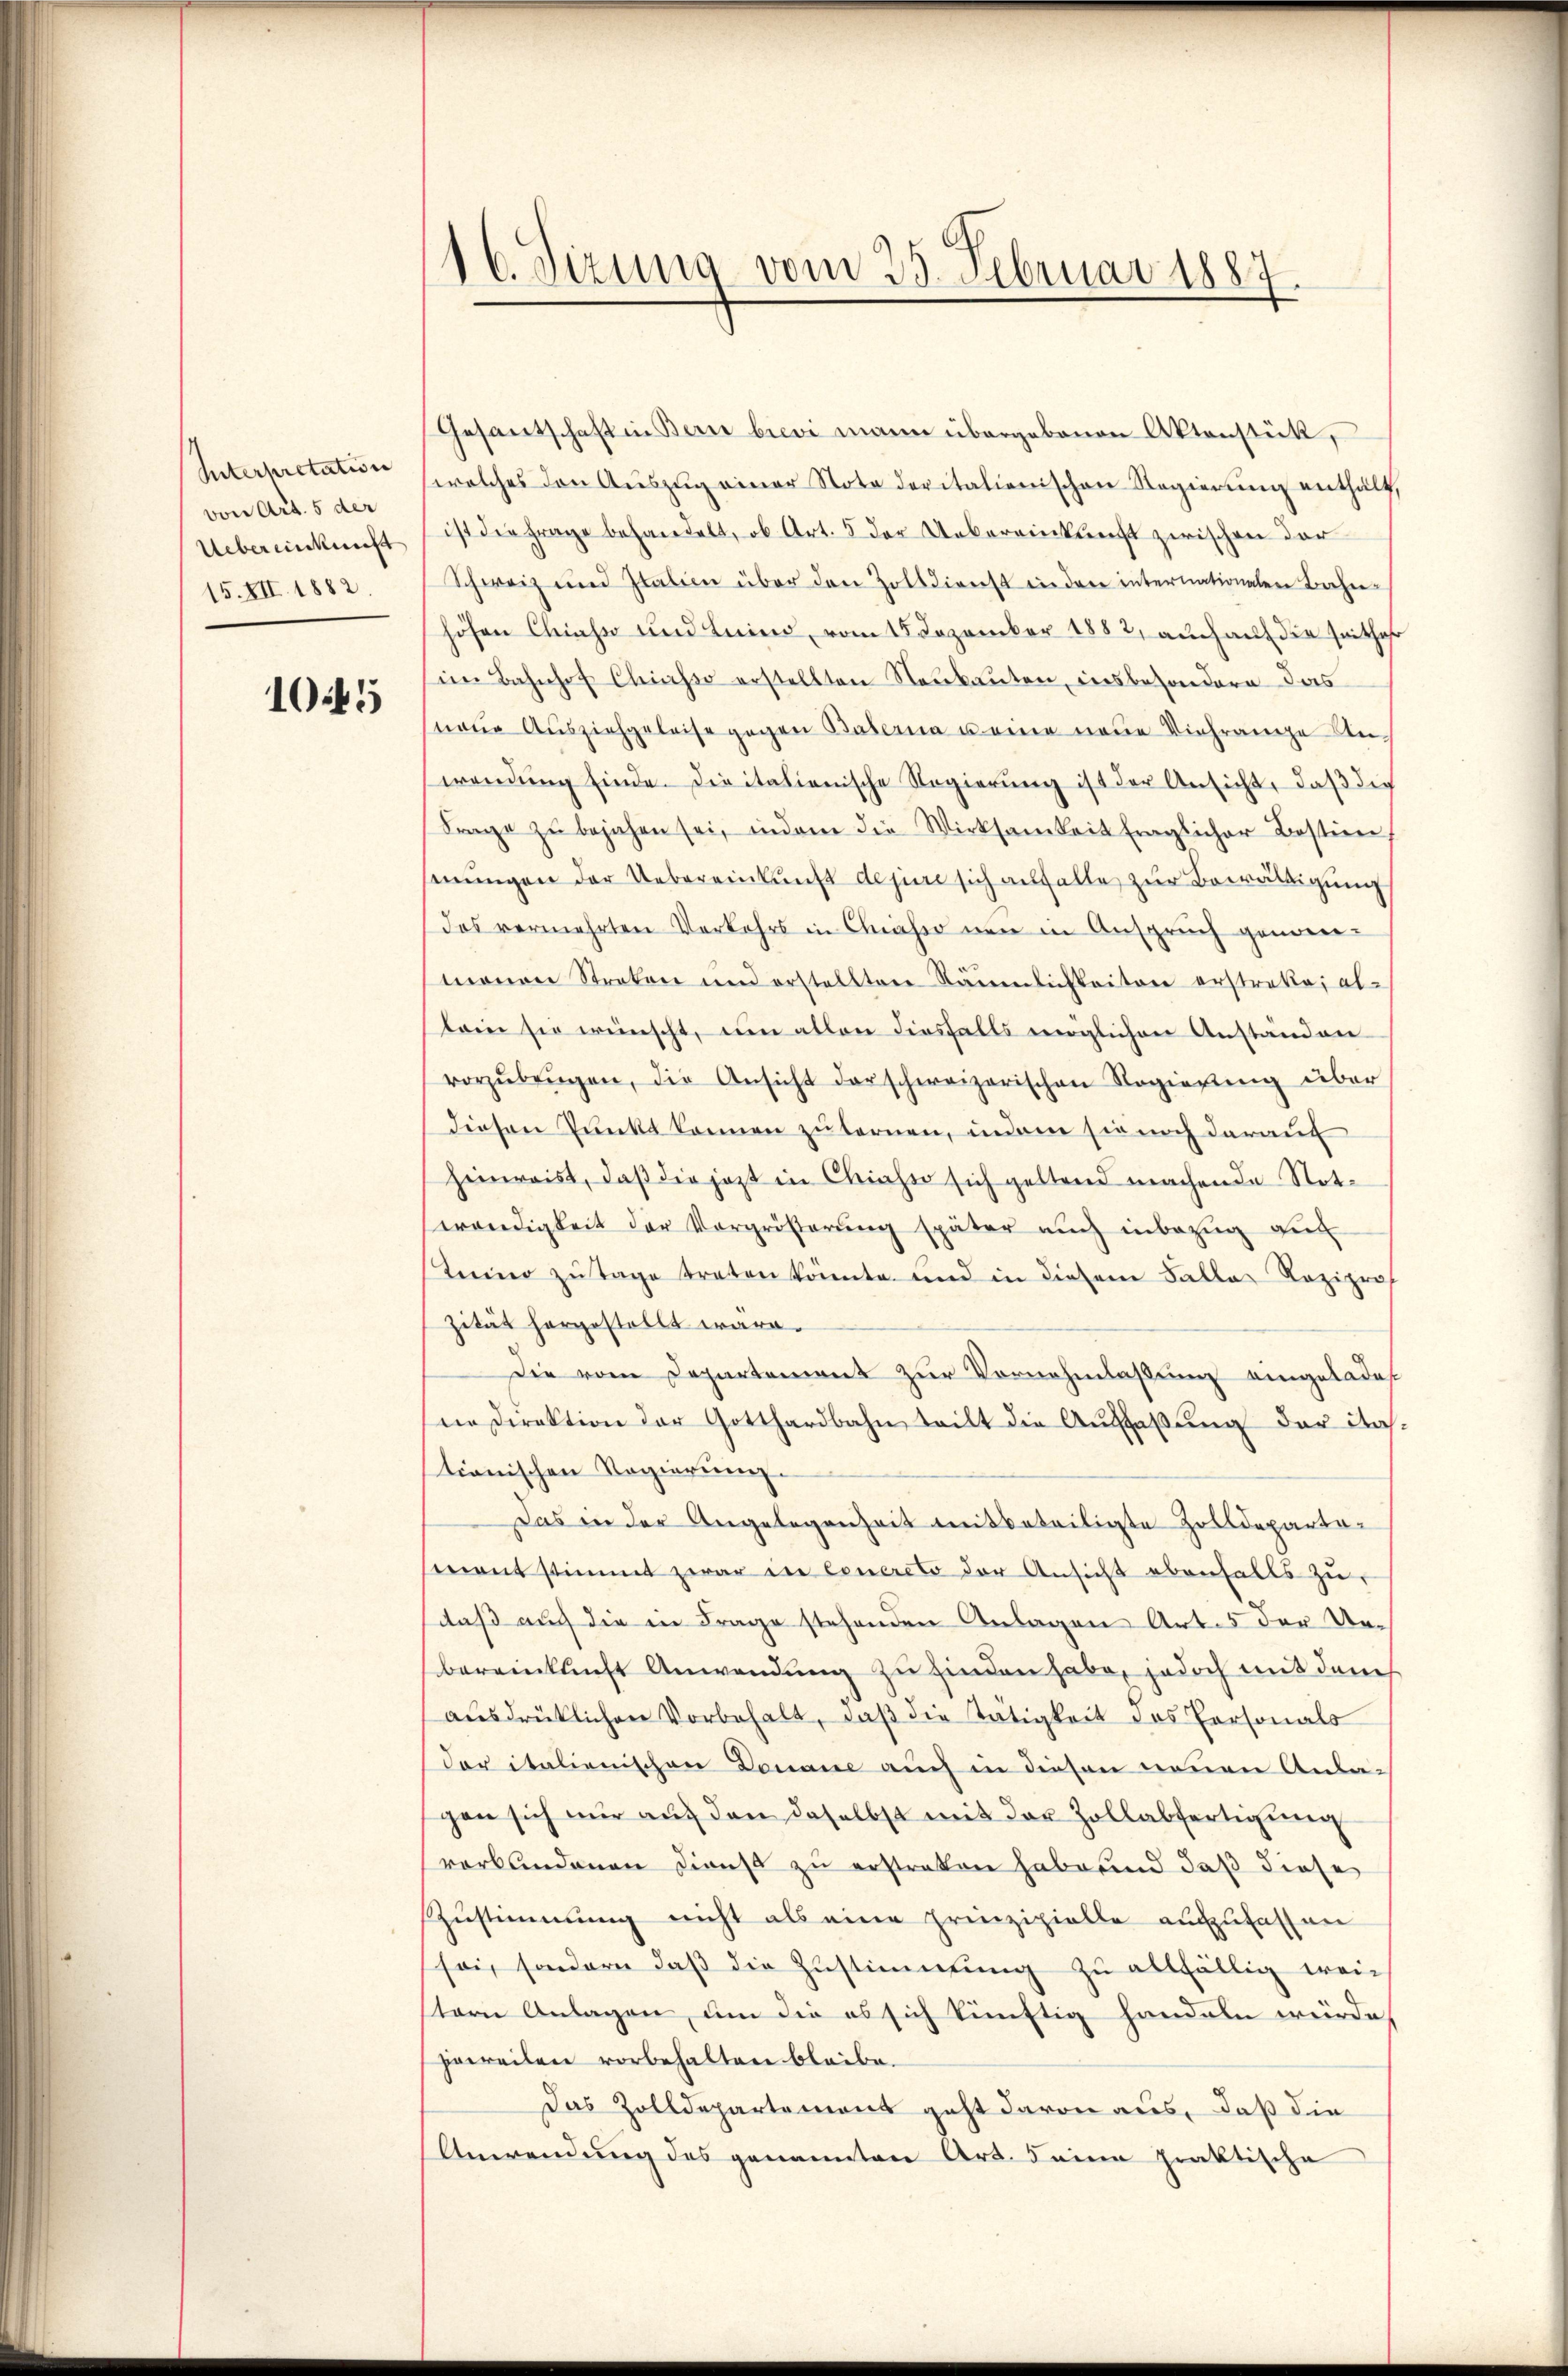
Interpretation
von Art. 5 der
Uebereinkunft
15.XII. 1882.

10.45

16. Sizung vom 25. Februar 1887

Gesantschaft in Bern brevi mann übergebenen Aktenstück,
welches den Auszug einer Nota deritalienischen Regierung enthält,
ist die Frage behandelt, ob Art. 5 der Uebereinkunft zwischen dor
Schweiz und Italien über den Zolldienst in der internationalen Beher-
höhen Chiasso und Luino, vom 15. Dezember 1882, auch auf die seithaf
im Bahnhof Chiasso erstellten Neubauten, insbesondere das
neue Ausziehgeleise gegen Baberna u eine neue Viehrange An-
wendŭng einde-Dieitalienische Regierŭng ist der Ansicht, daß die
Frage zŭ bejahen sei, indem die Wirksamkeit fraglicher Bostien,
senungen der Uebereinkunft dejure sich auffalle zur Bewältigung
das vermehrten Verkehrs in Chaser nun in Anspruch genom-
monen Streken und erstellten Näŭmlichkeiten erstreke, al-
lein sie wünscht, um allen diesfalls möglichen Anständen
vorzŭbeŭgen, die Ansicht darschweizerischen Regierŭng über
diesen Punkt kennen zu ternen, indem sie noch darauf
heimreist, daß die jetzt in Chiasso sich geltend machende Not-
wendigkeit der Vorgrösterŭng später aŭch inbezŭg der
teiner zu Tage traten könnte und in diesem Falles Raziprof
zität hergestellt wäre.
Die vom Departement zur Vornehmlassung eingeladet
ne Direktion der Gotthardbahn teilt die Auffaßung der Nahtionischen Regierung.
Das in der Angelegenheit mitbeteiligte Zolldepartamant stimmt zwar in Concreto der Ansicht ebenfalls zu
daß auch die in Frage stehenden Anlagen Art. 5 der Unbereinkunft Anwendung zu finden habe, jedoch mit den
aŭsdrücklichen Vorbehalt, daβ die Tätigkeit des Personals
dar italienischen Donaue auch in diesen neuen Anlagen sich nur auf den daselbst mit der Zollabfertigung
verbundenen Dienst zu erstraten habe und daß diese
Zŭstimmung nicht als eine prinzipielle aufzufassen
soi, sondern daß die Zustimmung zu allfällig wei
tern Anlagen, um die es sich künftig handeln würde,
jeweilen vorbehalten bleibe.
Das Zolldepartement geht davon aus, daß die
Anwendung des genannten Art. Deine praktische